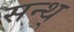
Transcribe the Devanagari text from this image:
सन्थ्